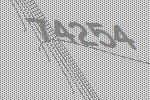
74254